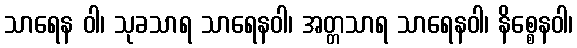
သာရေန ဝါ၊ သုခသာရ သာရေနဝါ၊ အတ္တသာရ သာရေနဝါ၊ နိစ္စေနဝါ၊